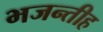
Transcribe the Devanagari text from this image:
भजन्तीह